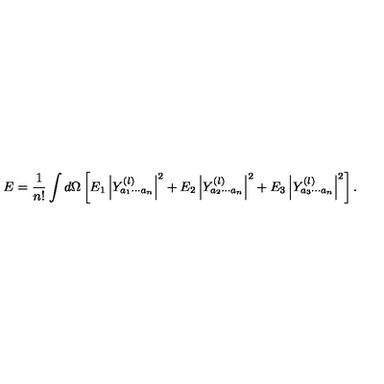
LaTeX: E = { \frac { 1 } { n ! } } \int d \Omega \left[ E _ { 1 } \left| Y _ { a _ { 1 } \cdots a _ { n } } ^ { ( l ) } \right| ^ { 2 } + E _ { 2 } \left| Y _ { a _ { 2 } \cdots a _ { n } } ^ { ( l ) } \right| ^ { 2 } + E _ { 3 } \left| Y _ { a _ { 3 } \cdots a _ { n } } ^ { ( l ) } \right| ^ { 2 } \right] .